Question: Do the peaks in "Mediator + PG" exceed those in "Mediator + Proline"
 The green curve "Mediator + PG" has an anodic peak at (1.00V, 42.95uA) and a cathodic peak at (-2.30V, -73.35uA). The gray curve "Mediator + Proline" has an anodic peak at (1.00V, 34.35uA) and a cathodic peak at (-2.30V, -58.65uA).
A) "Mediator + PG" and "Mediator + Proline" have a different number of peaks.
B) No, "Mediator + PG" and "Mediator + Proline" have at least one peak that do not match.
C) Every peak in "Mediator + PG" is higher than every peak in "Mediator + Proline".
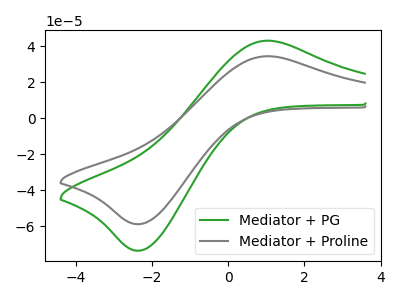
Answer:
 <answer>C) Every peak in "Mediator + PG" is higher than every peak in "Mediator + Proline".</answer>
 <eval>C</eval>